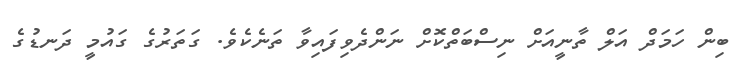
ބިން ހަމަދް އަލް ތާނީއަށް ނިސްބަތްކޮށް ނަންދެވިފައިވާ ތަނެކެވެ. ގަތަރުގެ ގައުމީ ދަނޑުގެ